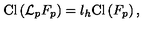
\mathrm { C l } \left( { \cal L } _ { p } F _ { p } \right) = l _ { h } \mathrm { C l } \left( F _ { p } \right) ,